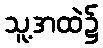
သူ့အထဲ၌